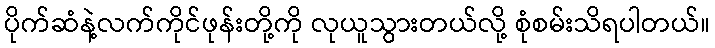
ပိုက်ဆံနဲ့လက်ကိုင်ဖုန်းတို့ကို လုယူသွားတယ်လို့ စုံစမ်းသိရပါတယ်။